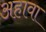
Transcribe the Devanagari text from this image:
अहावा